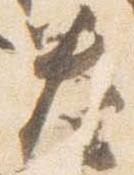
奏